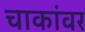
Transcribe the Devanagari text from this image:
चाकांवर